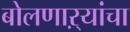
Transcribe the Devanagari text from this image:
बोलणाऱ्यांचा